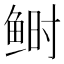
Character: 鲥